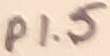
Text: P1.5